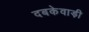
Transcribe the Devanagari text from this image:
दबकेवाड़ी